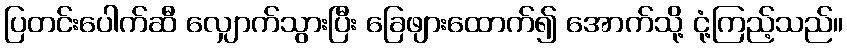
ပြတင်းပေါက်ဆီ လျှောက်သွားပြီး ခြေဖျားထောက်၍ အောက်သို့ ငုံ့ကြည့်သည်။